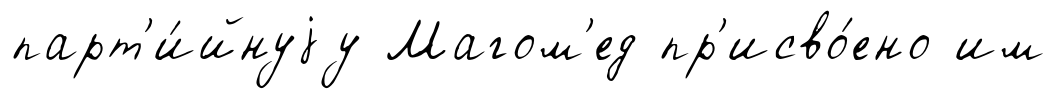
парт'и́йнуjу Магом'ед пр'исво́ено им